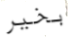
بخير